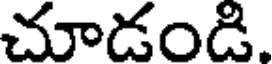
చూడండి.